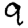
Digit: 9